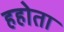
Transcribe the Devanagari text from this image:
हहोता